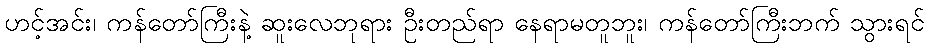
ဟင့်အင်း၊ ကန်တော်ကြီးနဲ့ ဆူးလေဘုရား ဦးတည်ရာ နေရာမတူဘူး၊ ကန်တော်ကြီးဘက် သွားရင်